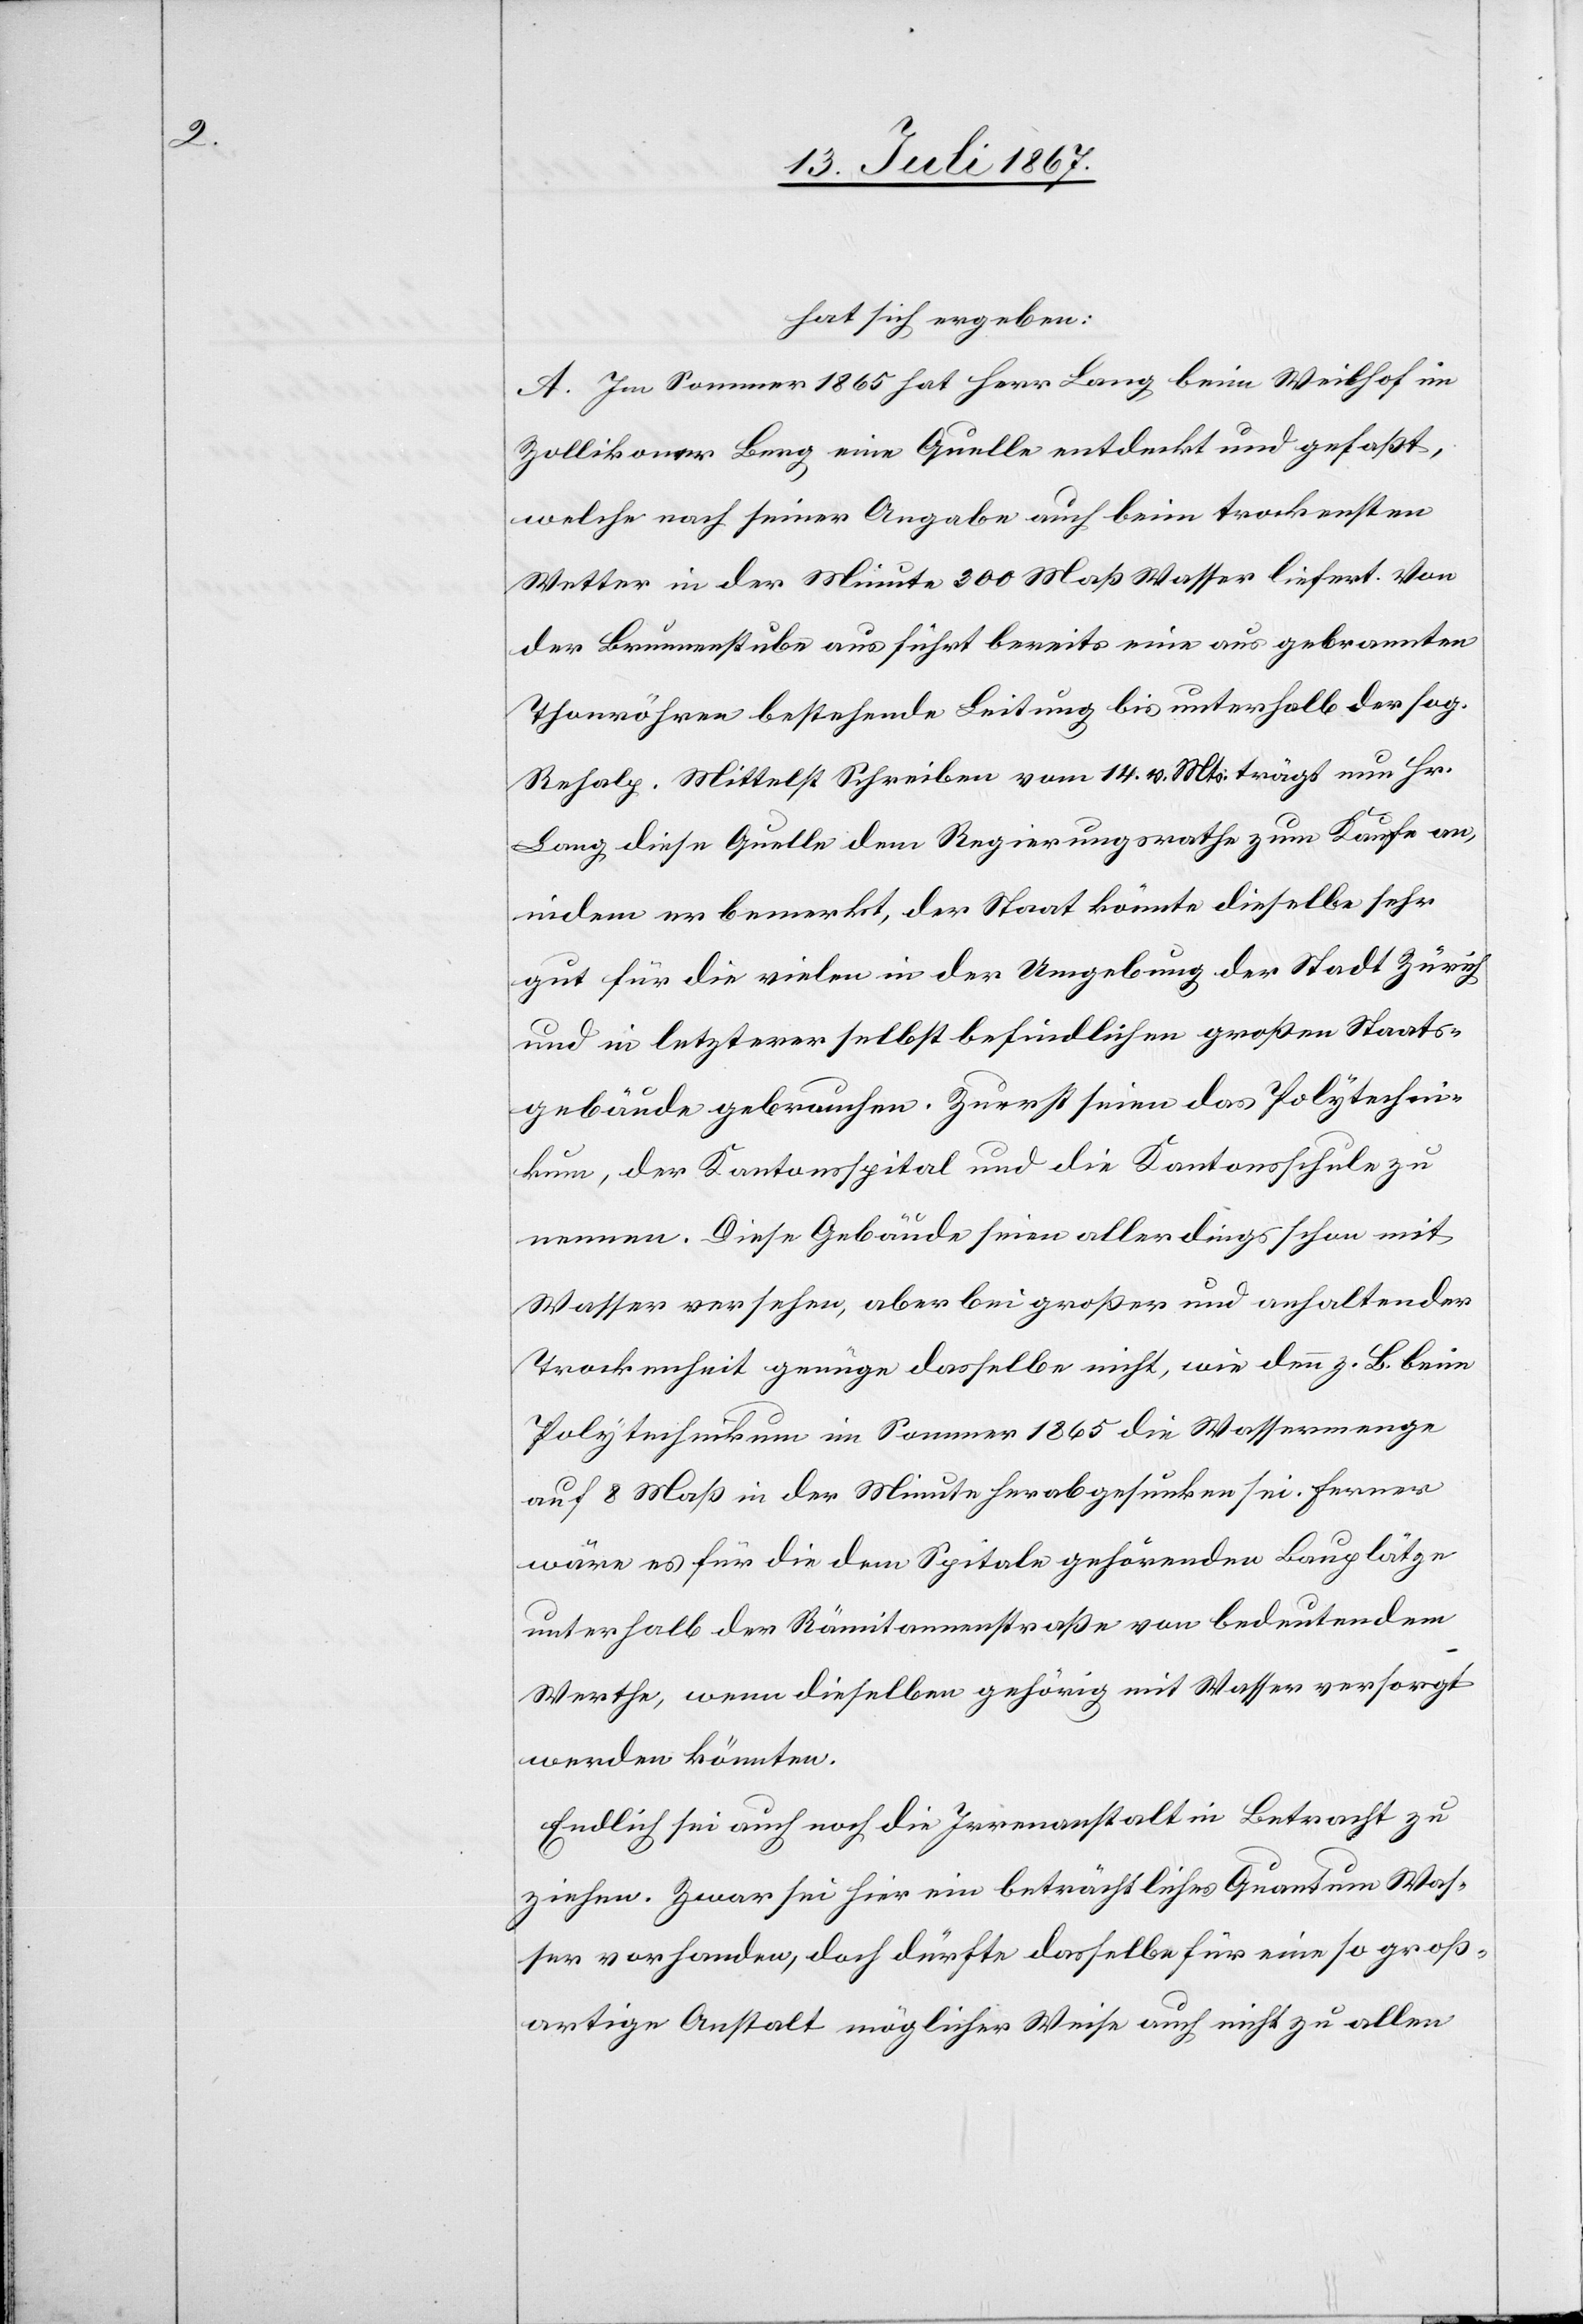
hat sich ergeben:
A. Im Sommer 1865 hat Herr Lang beim Weilhof im
Zollikoner Berg eine Quelle entdeckt und gefaßt,
welche nach seiner Angabe auch beim trockensten
Wetter in der Minute 300 Maß Wasser liefert. Von
der Brunnenstube aus führt bereits eine aus gebrannten
Thonröhren bestehende Leitung bis unterhalb der sog.
Rehalp. Mittelst Schreiben vom 14. v. Mts. trägt nun Hr.
Lang diese Quelle dem Regierungsrathe zum Kaufe an,
indem er bemerkt, der Staat könnte dieselbe sehr
gut für die vielen in der Umgebung der Stadt Zürich
und in letzterer selbst befindlichen großen Staats¬
gebäude gebrauchen. Zuerst seien das Polytechni¬
kum, der Kantonalspital und die Kantonsschule zu
nennen. Diese Gebäude seien allerdings schon mit
Wasser versehen, aber bei großer und anhaltender
Trockenheit genüge dasselbe nicht, wie denn z. B. beim
Polytechnikum im Sommer 1865 die Wassermenge
auf 8 Maß in der Minute herabgesunken sei. Ferner
wäre es für die dem Spitale gehörenden Bauplätze
unterhalb der Rämitannenstraße von bedeutendem
Werthe, wenn dieselben gehörig mit Wasser versorgt
werden könnten.
Endlich sei auch noch die Irrenanstalt in Betracht zu
ziehen. Zwar sei hier ein beträchtliches Quantum Was¬
ser vorhanden, doch dürfte dasselbe für eine so groß¬
artige Anstalt möglicher Weise auch nicht zu allen